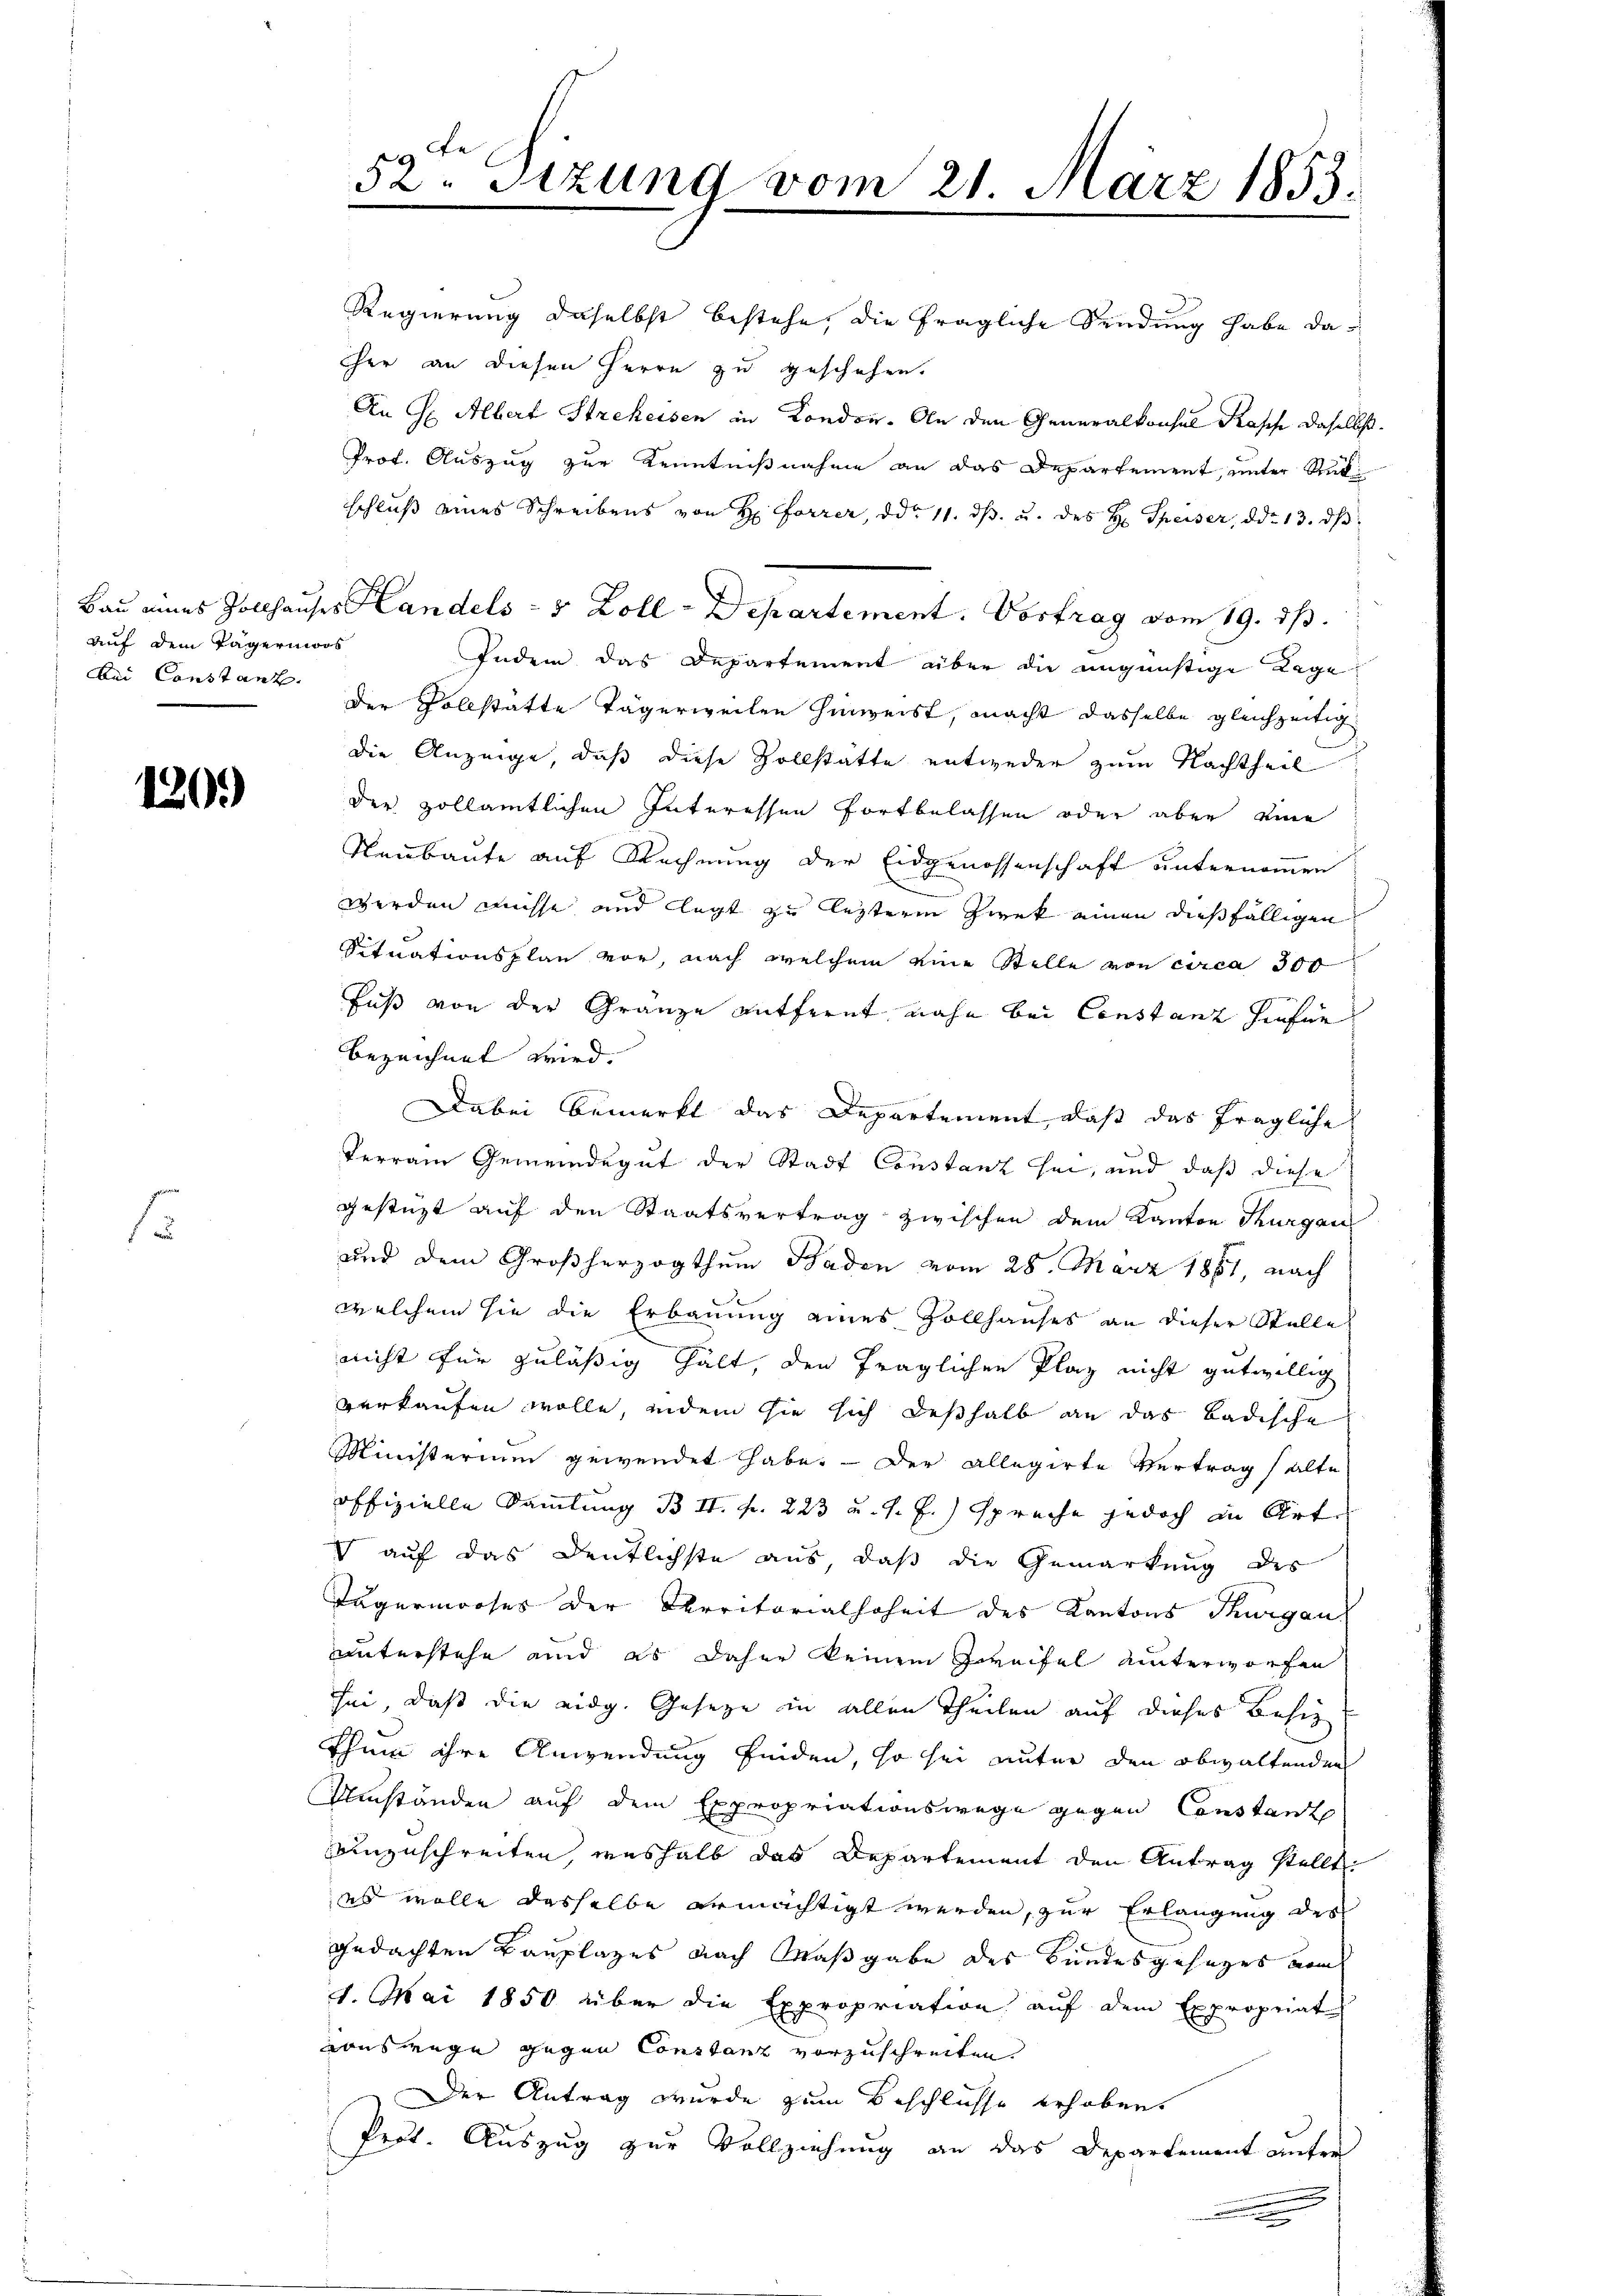
auf dem Tagernioos
bei Constanz

120)

1

52. Sitzung vom 21. März 1853.

Regierung daselbst bestehe, die fragliche Sendung habe daher an diesen Herrn zu geschehen.
An H Albert Strekeisen in Kondon. An den Generalkonsul Kasche daselbst.
Prof. Auszug zur Kenntnißnahme an das Departement, unter Rükschluß eines Schreibens von H. Forrer, ddo 11. dβ. u. des H. Speiser, ddo 13. dβ
Indem das Departement über die ungünstige Lage
der Vollstatte Tägerweilen hinweist, macht dasselbe gleichzeitig
die Anzeige, daß diese Vollstätte entweder zum Nachtheil
der Hollämtlichen Interessen Fortbelassen oder aber eine
Neubaute auf Rechnung der Eidgenossenschaft unternommen
werden müsse und legt zu letzterm Zwek einen dießfälligen
Situationsplan vor, nach welchem eine Stelle von circa 300
Fuß von der Gränze entfernt, nahe bei Constanz Haufne
bezeichnet wird. |
Dabei bemerkt das Departement, daß das fragliche
Terrain Gemeindegut der Stadt Constanz sei, und daß diese
gestüzt auf den Staatsvertrag zwischen dem Kanton Thurgau
und dem Großherzogthum Baden vom 28. März 1881, nach
welchem sie die Erbauung eines Zollhauses an dieser Stelle
nicht für zulässig hält, den fraglichen Plaz nicht gutwillig
verkaufen wolle, indem sie sich deßhalb an das Badische
Ministerium gewendet habe. - Der allegirte Vertrag (alte
offizielle Sammlung Bd. II. fr. 223 u. s. f.) spreche jedoch in Arte
V auf das Deutlichste aus, daß die Gemarkung des
Tägenmooses der Cerritorialhoheit des Kantons Thurgau,
unterstehe und es daher keinem Zweifel unterworfen
sei, daß die eidg. Gesetze in allen Theilen auf dieses Besiz
thuin ihre Anwendung finden, so sei unter den obwaltenden
Umständen auf dem Expropriationswege gegen Constant
einzuschreiten, weshalb das Departement den Antrag stellt:
es wolle dasselbe ermächtigt werden, zur Erlangung des
gedachten Bauplages nach Maßgabe des Bundesgesages vom
1. Mai 1850 über die Expropriation aŭf dem Expropriat
auswege gegen Constanz vorzuschreiten.
Der Antrag wurde zum Beschlüsse erhoben.
Prot. Auszug zur Vollziehung an das Departement unter
e

Bau eines Zollhauses Handels - 5 Zoll-Departement. Vortrag vom 19. ds.